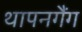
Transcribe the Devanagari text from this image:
थापनगैंग